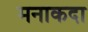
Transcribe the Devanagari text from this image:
मनाकदा